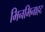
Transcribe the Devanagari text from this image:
भिनभिनाहट